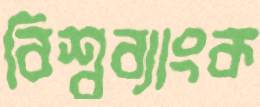
বিশ্বব্যাংক